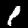
Digit: 1